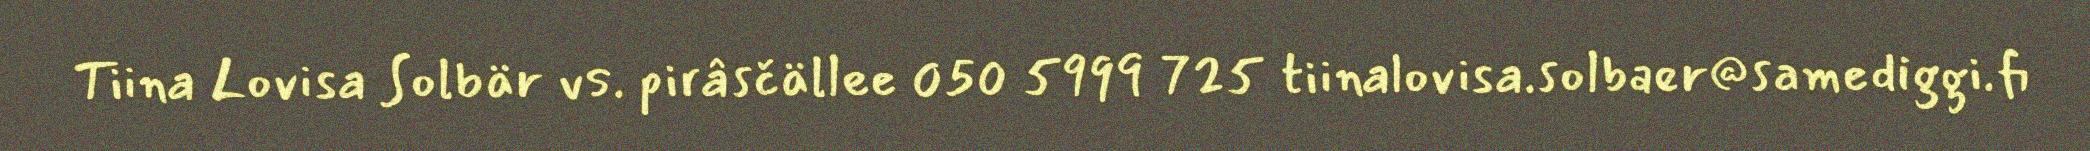
Tiina Lovisa Solbär vs. pirâsčällee 050 5999 725 tiinalovisa.solbaer@samediggi.fi